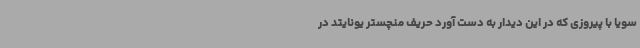
سویا با پیروزی که در این دیدار به دست آورد حریف منچستر یونایتد در